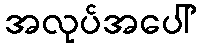
အလုပ်အပေါ်